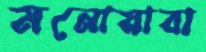
মনোয়ারা